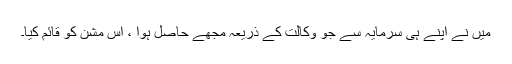
میں نے اپنے ہی سرمایہ سے جو وکالت کے ذریعہ مجھے حاصل ہوا ، اس مشن کو قائم کیا۔